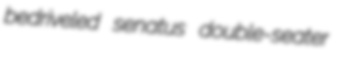
bedriveled senatus double-seater